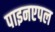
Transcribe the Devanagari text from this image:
पाइनएपल